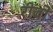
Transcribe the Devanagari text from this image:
रीवों